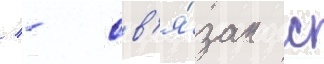
/ - св'я́зан с